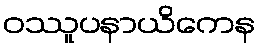
ဝဿူပနာယိကေန